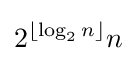
2^{\lfloor \log _{2}n\rfloor }n